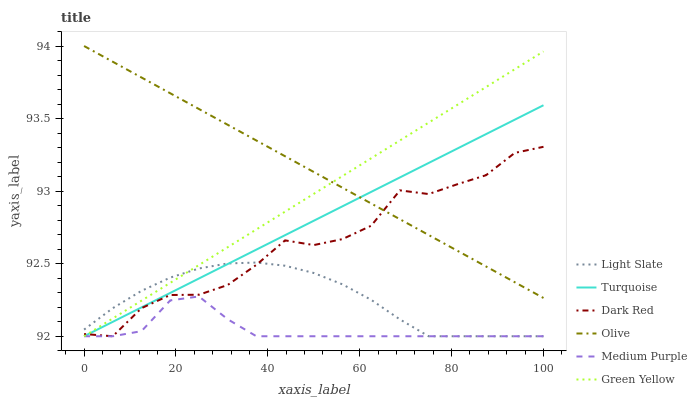
| xaxis_label | Light Slate | Turquoise | Dark Red | Olive | Medium Purple | Green Yellow |
 | --- | --- | --- | --- | --- | --- | --- |
 | 0 | 92 | 92 | 92 | 94 | 92 | 92 |
 | 6.25 | 92.2 | 92.1 | 92 | 93.9 | 92 | 92.1 |
 | 12.5 | 92.3 | 92.2 | 92.2 | 93.8 | 92 | 92.2 |
 | 18.8 | 92.4 | 92.3 | 92.3 | 93.7 | 92.2 | 92.4 |
 | 25 | 92.5 | 92.4 | 92.3 | 93.6 | 92.3 | 92.5 |
 | 31.2 | 92.5 | 92.5 | 92.4 | 93.5 | 92.1 | 92.6 |
 | 37.5 | 92.5 | 92.6 | 92.5 | 93.3 | 92 | 92.7 |
 | 43.8 | 92.5 | 92.7 | 92.7 | 93.2 | 92 | 92.9 |
 | 50 | 92.4 | 92.8 | 92.6 | 93.1 | 92 | 93 |
 | 56.2 | 92.4 | 92.9 | 92.7 | 93 | 92 | 93.1 |
 | 62.5 | 92.3 | 93 | 92.8 | 92.9 | 92 | 93.2 |
 | 68.8 | 92.1 | 93.1 | 93 | 92.8 | 92 | 93.3 |
 | 75 | 92 | 93.2 | 93 | 92.7 | 92 | 93.5 |
 | 81.2 | 92 | 93.3 | 93 | 92.6 | 92 | 93.6 |
 | 87.5 | 92 | 93.4 | 93.1 | 92.5 | 92 | 93.7 |
 | 93.8 | 92 | 93.5 | 93.3 | 92.4 | 92 | 93.8 |
 | 100 | 92 | 93.6 | 93.3 | 92.3 | 92 | 94 |